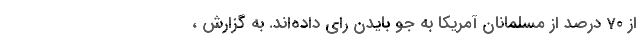
از 70 درصد از مسلمانان آمریکا به جو بایدن رای داده‌اند. به گزارش ،